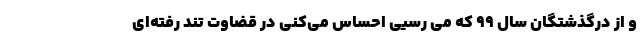
و از درگذشتگان سال 99 که می رسیی احساس می‌کنی در قضاوت تند رفته‌ای